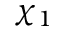
\chi _ { 1 }